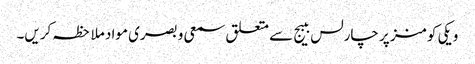
ویکی کومنز پر چارلس ببیج سے متعلق سمعی و بصری مواد ملاحظہ کریں۔